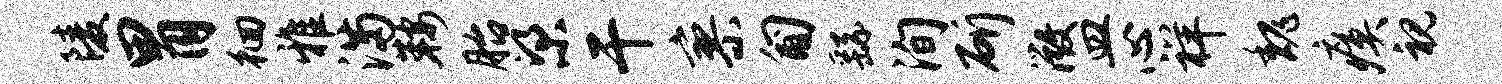
陵胃徊雅满鞍胎梁干寥匍繇洵斫微皿心祥魏瘼视